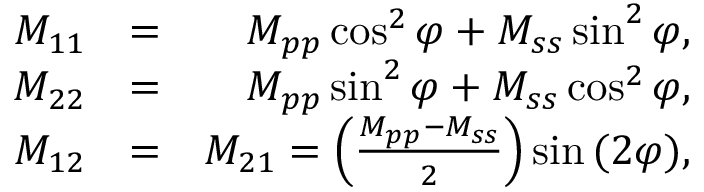
\begin{array} { r l r } { M _ { 1 1 } } & { = } & { M _ { p p } \cos ^ { 2 } \varphi + M _ { s s } \sin ^ { 2 } \varphi , } \\ { M _ { 2 2 } } & { = } & { M _ { p p } \sin ^ { 2 } \varphi + M _ { s s } \cos ^ { 2 } \varphi , } \\ { M _ { 1 2 } } & { = } & { M _ { 2 1 } = \left( \frac { M _ { p p } - M _ { s s } } { 2 } \right) \sin { ( 2 \varphi ) } , } \end{array}